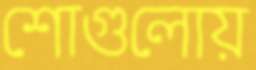
শোগুলোয়